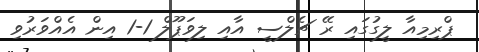
ޕްރިމިއާ ލީގުގައި ރޭ ޗެލްސީ އާއި ލިވަޕޫލް 1-1 އިން އެއްވަރުވި